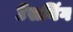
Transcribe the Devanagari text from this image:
टेंसनिंग